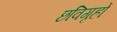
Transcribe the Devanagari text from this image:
छविगृहों